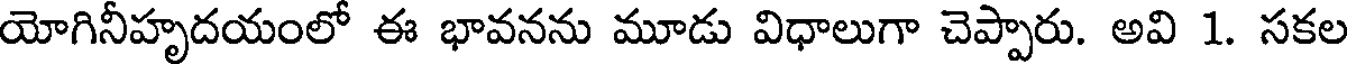
యోగినీహృదయంలో ఈ భావనను మూడు విధాలుగా చెప్పారు. అవి 1. సకల